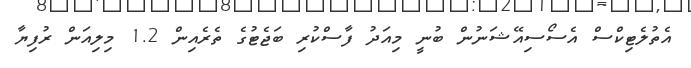
އެތުލެޓިކްސް އެސޯސިއޭޝަނުން ބުނީ މިއަދު ފާސްކުރި ބަޖެޓުގެ ތެރެއިން 1.2 މިލިއަން ރުފިޔާ